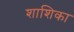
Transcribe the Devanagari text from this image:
शाशिका